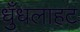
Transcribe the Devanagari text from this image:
धुँधलाहट